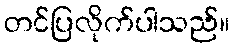
တင်ပြလိုက်ပါသည်။